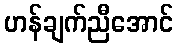
ဟန်ချက်ညီအောင်